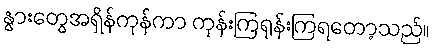
နွားတွေအရှိန်ကုန်ကာ ကုန်းကြရုန်းကြရတော့သည်။